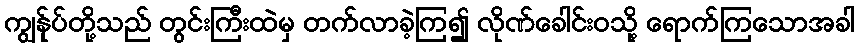
ကျွန်ုပ်တို့သည် တွင်းကြီးထဲမှ တက်လာခဲ့ကြ၍ လိုဏ်ခေါင်းဝသို့ ရောက်ကြသောအခါ